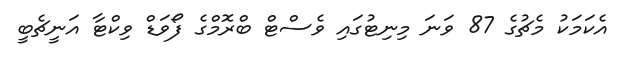
އެކަމަކު މެޗުގެ 87 ވަނަ މިނިޓުގައި ވެސްޓް ބްރޮމްގެ ފޯވަޑް ވިކްޓާ އަނީޗެބީ